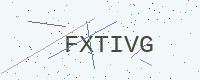
Text: FXTIVG